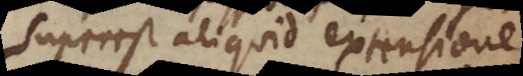
superest aliquid extensione